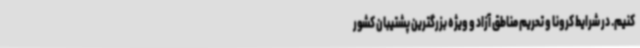
کنیم. در شرایط کرونا و تحریم مناطق آزاد و ویژه بزرگترین پشتیبان کشور